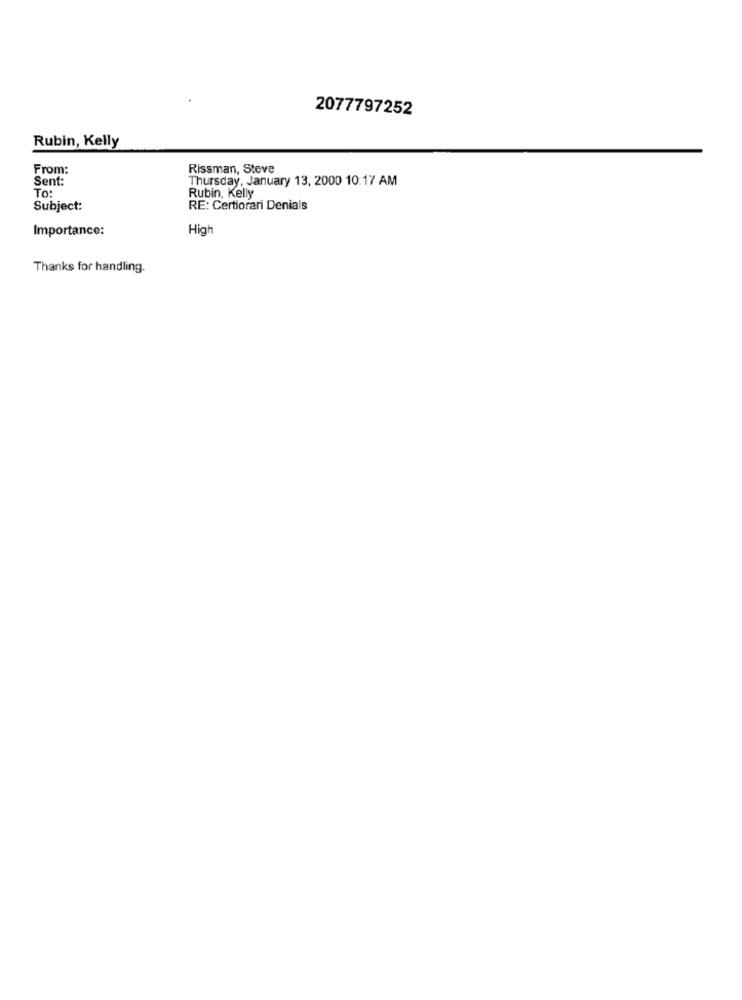
2077797252
Rubin, Kelly
From:
Rissman, Steve
Sent:
Thursday, January 13, 2000 10:17 AM
To:
Rubin, Kelly
Subject:
RE: Certiorari Denials
Importance:
High
Thanks for handling.